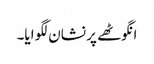
انگوٹھے پر نشان لگوایا۔